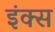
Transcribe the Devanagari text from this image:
इंक्स